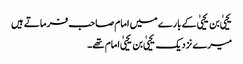
یحییٰ بن یحییٰ کے بارے میں امام صاحب فرماتے ہیں
میرے نزدیک یحییٰ بن یحییٰ امام تھے۔